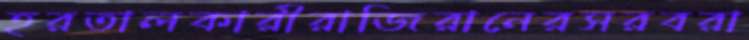
হরতালকারীরাজিরানেরসরবরা